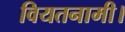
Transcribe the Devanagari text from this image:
वियतनामी।